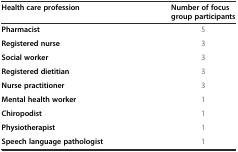
<table><thead><tr><td><b>Health care profession</b></td><td><b>Number of focus group participants</b></td></tr></thead><tbody><tr><td><b>Pharmacist</b></td><td>5</td></tr><tr><td><b>Registered nurse</b></td><td>3</td></tr><tr><td><b>Social worker</b></td><td>3</td></tr><tr><td><b>Registered dietitian</b></td><td>3</td></tr><tr><td><b>Nurse practitioner</b></td><td>3</td></tr><tr><td><b>Mental health worker</b></td><td>1</td></tr><tr><td><b>Chiropodist</b></td><td>1</td></tr><tr><td><b>Physiotherapist</b></td><td>1</td></tr><tr><td><b>Speech language pathologist</b></td><td>1</td></tr></tbody></table>